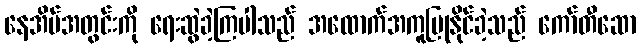
နေအိမ်အတွင်းကို ရေးဆွဲခဲ့ကြပါသည် အထောက်အကူပြုနိုင်ခဲ့သည် ကော်တီဆော